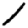
Digit: 1